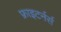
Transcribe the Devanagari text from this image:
फ्राइटर्नर्स